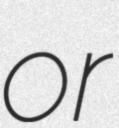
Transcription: or